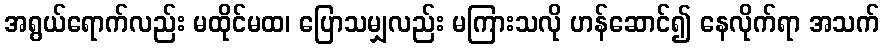
အရွယ်ရောက်လည်း မထိုင်မထ၊ ပြောသမျှလည်း မကြားသလို ဟန်ဆောင်၍ နေလိုက်ရာ အသက်